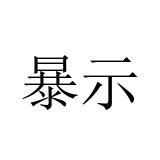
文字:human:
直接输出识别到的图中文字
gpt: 暴示